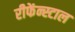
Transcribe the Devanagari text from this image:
रीफेंन्स्टाल